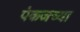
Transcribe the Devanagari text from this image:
पंकजच्या